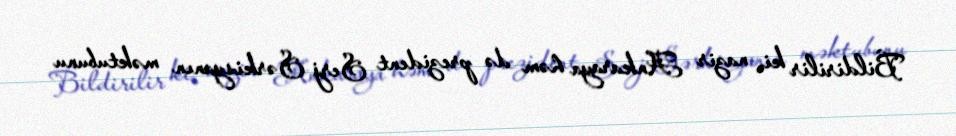
Bildirilir ki, nazir Ankaraya həm də prezident Serj Sərkisyanın məktubunu